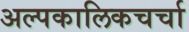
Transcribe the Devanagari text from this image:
अल्पकालिकचर्चा